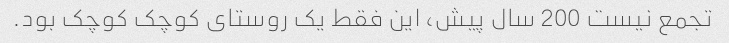
تجمع نیست 200 سال پیش، این فقط یک روستای کوچک کوچک بود.